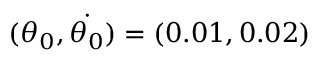
( { \theta } _ { 0 } , \dot { { \theta } _ { 0 } } ) = ( 0 . 0 1 , 0 . 0 2 )